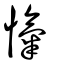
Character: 愾